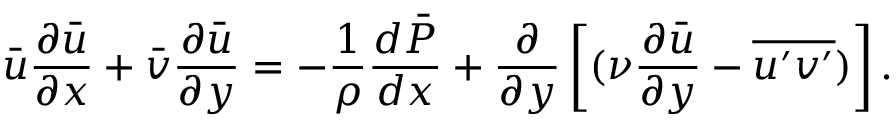
{ \bar { u } } { \frac { \partial { \bar { u } } } { \partial x } } + { \bar { v } } { \frac { \partial { \bar { u } } } { \partial y } } = - { \frac { 1 } { \rho } } { \frac { d { \bar { P } } } { d x } } + { \frac { \partial } { \partial y } } \left[ ( \nu { \frac { \partial { \bar { u } } } { \partial y } } - { \overline { { u ^ { \prime } v ^ { \prime } } } } ) \right] .